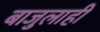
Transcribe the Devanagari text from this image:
बाजुलाही